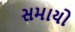
સમાયો